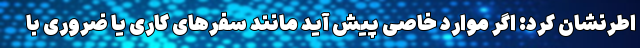
اطرنشان کرد: اگر موارد خاصی پیش آید مانند سفرهای کاری یا ضروری با